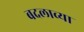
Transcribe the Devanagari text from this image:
बदलाव्या